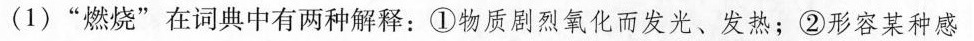
(1) ”燃烧”在词典中有两种解释：①物质剧烈氧化而发光、发热；②形容某种感